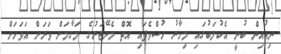
ނިއުއިން ބުނީ އެކުލަބުގައި މިހާރު ހުސްވެފައި އޮތް މެނޭޖަރުގެ މަގާމަށް ވަރަށް އަވަހަށް